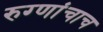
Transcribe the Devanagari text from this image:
रुग्णांचाच